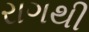
રાગથી